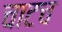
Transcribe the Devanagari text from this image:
चाटच